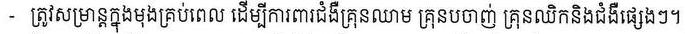
- ត្រូវសម្រាន្តក្នុងមុងគ្រប់ពេល ដើម្បីការពារជំងឺគ្រុនឈាម គ្រុនបចាញ់ គ្រុនឈិកនិងជំងឺផ្សេងៗ។